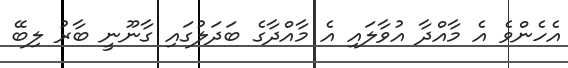
އެހެންވެ އެ މާއްދާ އުވާލައި އެ މާއްދާގެ ބަދަލުގައި ގާނޫނީ ބާރު ލިބޭ